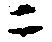
ニ